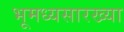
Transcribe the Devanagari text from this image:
भूमध्यसारख्या